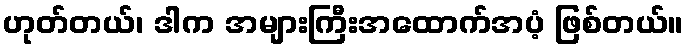
ဟုတ်တယ်၊ ဒါက အများကြီးအထောက်အပံ့ ဖြစ်တယ်။